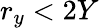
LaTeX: r_{y}<2Y